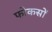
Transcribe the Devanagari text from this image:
फोकसों